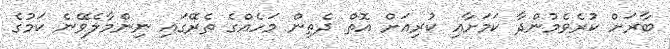
ބާރަށް ކުރެވެމުންދާ ކަމަށާއި ކުރިއަށް އޮތް ދެތިން މަހެއްގެ ތެރޭގައި ނިންމާލެވޭނެ ކަމުގެ